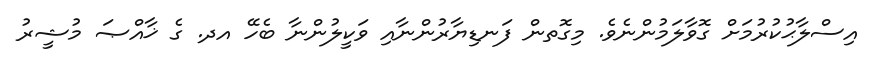
އިސްލާޙުކުރުމަށް ގޮވާލަމުންނެވެ. މިގޮތން ފަނޑިޔާރުންނާއި ވަކީލުންނާ ބެހޭ އދ. ގެ ޚާއްޞަ މުޝީރު